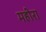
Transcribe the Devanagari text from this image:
महीरा